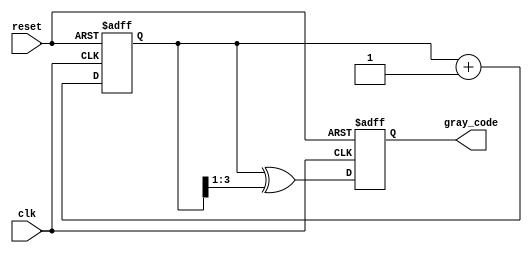
module gray_code_counter #(parameter n = 4) (
    input wire clk,
    input wire reset,
    output reg [n-1:0] gray_code
);

    reg [n-1:0] binary_count;
    reg [n-1:0] next_binary_count;

    // Binary to Gray code conversion
    function [n-1:0] binary_to_gray;
        input [n-1:0] binary;
        begin
            binary_to_gray = binary ^ (binary >> 1);
        end
    endfunction

    // Sequential logic for counting and Gray code generation
    always @(posedge clk or posedge reset) begin
        if (reset) begin
            binary_count <= 0;
            gray_code <= 0;
        end else begin
            // Increment binary counter
            binary_count <= binary_count + 1;
            // Convert binary count to Gray code
            gray_code <= binary_to_gray(binary_count);
        end
    end

endmodule